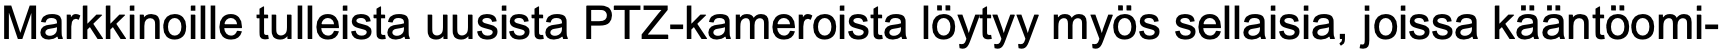
Markkinoille tulleista uusista PTZ-kameroista löytyy myös sellaisia, joissa kääntöomi-